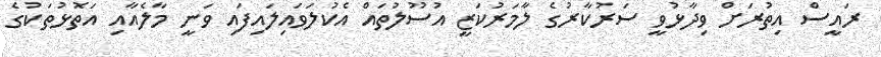
ރައީސް އިތުރަށް ވިދާޅުވީ ސަރުކާރުގެ ލާމަރުކަޒީ އުސޫލުތައް އެކުލަވައިލައިފައި ވަނީ މާލެއާއި އަތޮޅުތަކުގެ